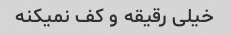
خیلی رقیقه و کف نمیکنه